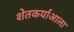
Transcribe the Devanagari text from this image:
शेतकर्याआला